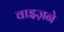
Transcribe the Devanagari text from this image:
वाइज़ने